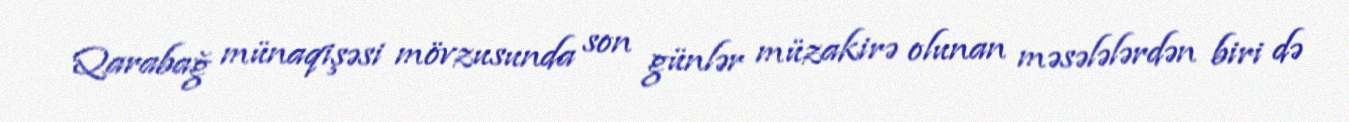
Qarabağ münaqişəsi mövzusunda son günlər müzakirə olunan məsələlərdən biri də